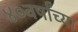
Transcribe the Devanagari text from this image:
४०वर्षांच्या